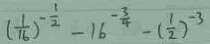
( \frac { 1 } { 1 6 } ) ^ { - \frac { 1 } { 2 } } - 1 6 ^ { - \frac { 3 } { 4 } } - ( \frac { 1 } { 2 } ) ^ { - 3 }